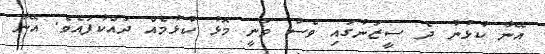
އޭނާ ކުޅުނު ދެ ސީޒަނުގައި ވެސް ވަނީ މޮޅު ކުޅުމެއް ދައްކާފައެވެ. އޭނާ